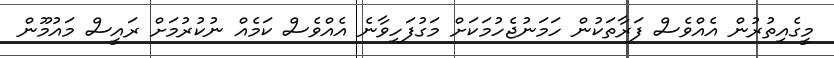
މީގެއިތުރުން އެއްވެސް ފަރާތަކުން ހަމަނުޖެހުމަކަށް މަގުފަހިވާނެ އެއްވެސް ކަމެއް ނުކުރުމަށް ރައީސް މައުމޫން